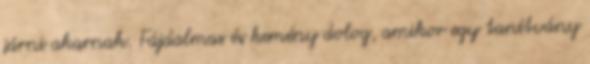
járni akarnak. Fájdalmas és kemény dolog, amikor egy tanítvány